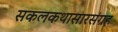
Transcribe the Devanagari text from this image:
सकलकथासारसंग्रह